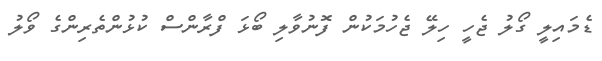
ޑެމައިލީ ގޯލު ޖެހީ ހިލޭ ޖެހުމަކުން ފޮނުވާލި ބޯޅަ ފްރާންސް ކުޅުންތެރިންގެ ވޯލު